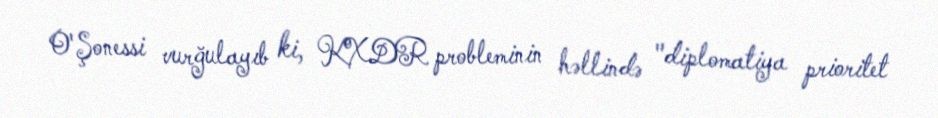
O'Şonessi vurğulayıb ki, KXDR probleminin həllində "diplomatiya prioritet